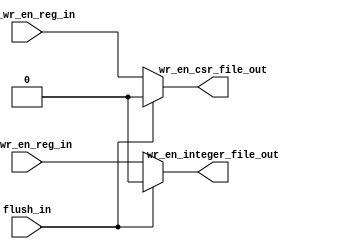

	module msrv32_wr_en_generator (input flush_in, rf_wr_en_reg_in, csr_wr_en_reg_in, 
											 output wr_en_integer_file_out, wr_en_csr_file_out);
	
	assign wr_en_csr_file_out = (flush_in)? 1'b0 : csr_wr_en_reg_in;
	assign wr_en_integer_file_out = (flush_in)? 1'b0 : rf_wr_en_reg_in;

	endmodule